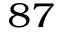
^ { 8 7 }